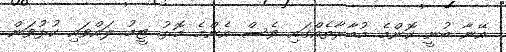
އޭނާ ބުނީ ކޮންމެ މުބާރާތެއްގައި ވެސް އެންމެ މޮޅު ޓީމު ލައްވައި ކުޅުވަން